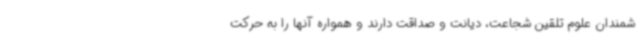
شمندان علوم تلقین شجاعت، دیانت و صداقت دارند و همواره آنها را به حرکت